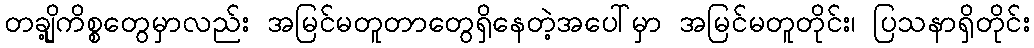
တချို့ကိစ္စတွေမှာလည်း အမြင်မတူတာတွေရှိနေတဲ့အပေါ်မှာ အမြင်မတူတိုင်း၊ ပြသနာရှိတိုင်း